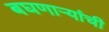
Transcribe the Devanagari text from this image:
बघणाऱ्यांची